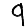
Digit: 9